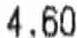
4.60